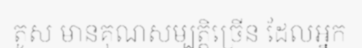
តូស មានគុណសម្បត្តិច្រើន ដែលអ្នក